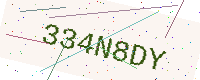
Text: 334N8DY